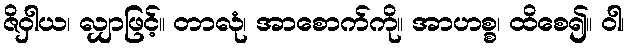
ဇိဝှါယ၊ လျှာဖြင့်။ တာလုံ၊ အာစောက်ကို။ အာဟစ္စ၊ ထိစေ၍။ ဝါ၊